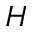
H